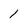
Character: 1